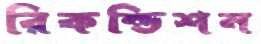
রিকন্ডিশন